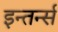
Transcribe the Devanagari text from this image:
इन्तर्न्स